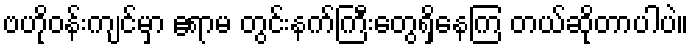
ဗဟိုဝန်းကျင်မှာ ဧရာမ တွင်းနက်ကြီးတွေရှိနေကြ တယ်ဆိုတာပါပဲ။